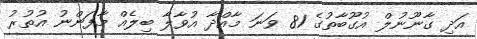
އަދި ގާނޫނުލް އުގޫބާތުގެ 81 ވަނަ މާއްދާ އުވާލާ ބިލެއް މާފަންނު އުތުރު